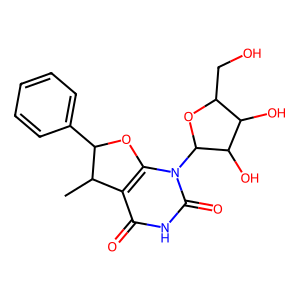
SMILES: CC1c2c(n(C3OC(CO)C(O)C3O)c(=O)[nH]c2=O)OC1c1ccccc1
Inhibits HIV replication: No